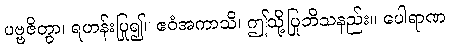
ပဗ္ဗဇိတွာ၊ ရဟန်းပြု၍။ ဧဝံအကာသိ၊ ဤသို့ပြုဘိသနည်း။ ပေါရာဏ